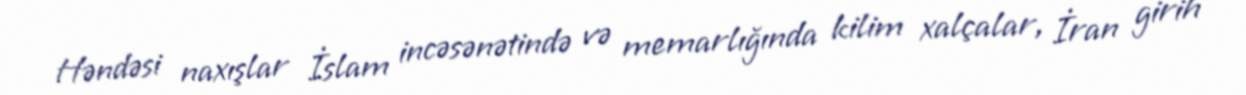
Həndəsi naxışlar İslam incəsənətində və memarlığında kilim xalçalar, İran girih